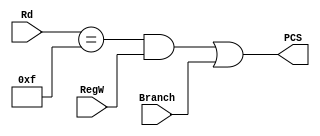
module PCLogic(
    output reg PCS,
    input RegW,
    input [3:0] Rd,
    input Branch
    );

	always @ (*) begin
		PCS = ((Rd==15)&RegW)|Branch;
	end

endmodule